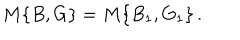
M \{ B , G \} = M \{ B _ { 1 } , G _ { 1 } \} \, .